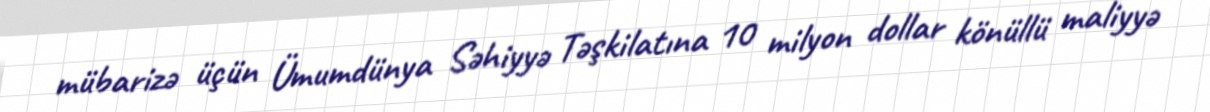
mübarizə üçün Ümumdünya Səhiyyə Təşkilatına 10 milyon dollar könüllü maliyyə